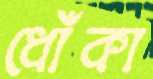
ধোঁকা